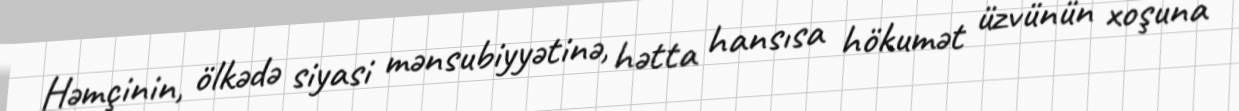
Həmçinin, ölkədə siyasi mənsubiyyətinə, hətta hansısa hökumət üzvünün xoşuna